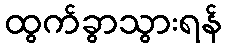
ထွက်ခွာသွားရန်